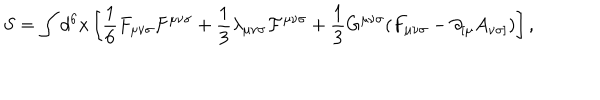
S = \int d ^ { 6 } x \left[ { \frac 1 6 } F _ { { \mu } { \nu } { \sigma } } F ^ { { \mu } { \nu } { \sigma } } + { \frac 1 3 } { \lambda } _ { { \mu } { \nu } { \sigma } } { \cal F } ^ { { \mu } { \nu } { \sigma } } + { \frac 1 3 } G ^ { { \mu } { \nu } { \sigma } } ( F _ { { \mu } { \nu } { \sigma } } - { \partial } _ { [ { \mu } } A _ { { \nu } { \sigma } ] } ) \right] ,